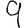
Digit: 9